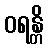
ဝရန္တိ